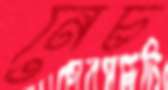
নেচ